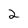
Character: 2